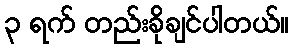
၃ ရက် တည်းခိုချင်ပါတယ်။